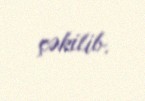
çəkilib.